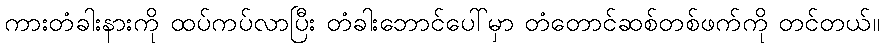
ကားတံခါးနားကို ထပ်ကပ်လာပြီး တံခါးဘောင်ပေါ်မှာ တံတောင်ဆစ်တစ်ဖက်ကို တင်တယ်။